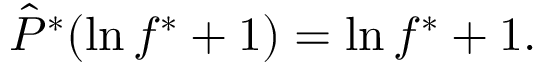
\hat { P } ^ { * } ( \ln f ^ { * } + 1 ) = \ln f ^ { * } + 1 .